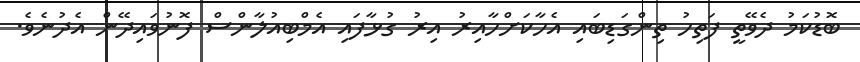
ބޮޑުކަމު ދެވޭތީ ފަތިހު ތިންގަޑިބައި އެހާކަށްހާއިރު އިރު ގުޅާފައި އެމްބިއުލާންސް ފޮނުވައިދޭން އެދުނެވެ.